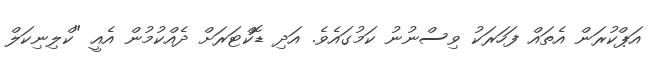
އަޕްކުރަން އެތައް ފަހަރަކު ވިސްނުނު ކަމުގައެވެ. އަދި ޑޮކްޓަރަށް ދެއްކުމުން އެއީ "ކްލިނިކަލް